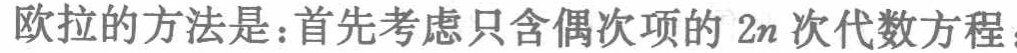
欧拉的方法是：首先考虑只含偶次项的 \(2n\) 次代数方程：